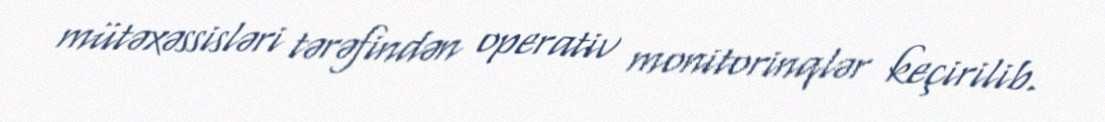
mütəxəssisləri tərəfindən operativ monitorinqlər keçirilib.